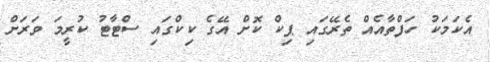
އެކަމަކު ހަފްތާއެއް ތެރޭގައި ޕިކް ކޮށް އޭގެ ކިކްގައި ސްޓާޓު ކުރީމަ ވަރަށް